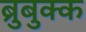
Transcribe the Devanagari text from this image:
ब्रुबुक्क